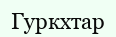
Гуркхтар